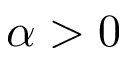
\alpha > 0